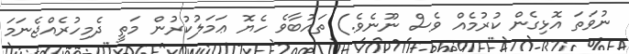
ނުވަތަ އޮޅިގެން ކުރުމެއް ވެސް ނޫނެވެ.) ތައުބާވެ ހެޔޮ ޢަމަލުކުރުން މަތީ ދެމިހުރެއްޖެނަމަ